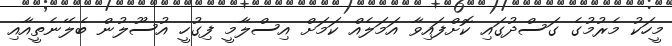
މީހަކު މެރުމުގެ ގަސްދުގައި ކޮށްފައިވާ އަމަލެއް ކަމަށް އިސްލާމީ ފިގުހީ އުސޫލުން ބެލޭނެތީއާއި